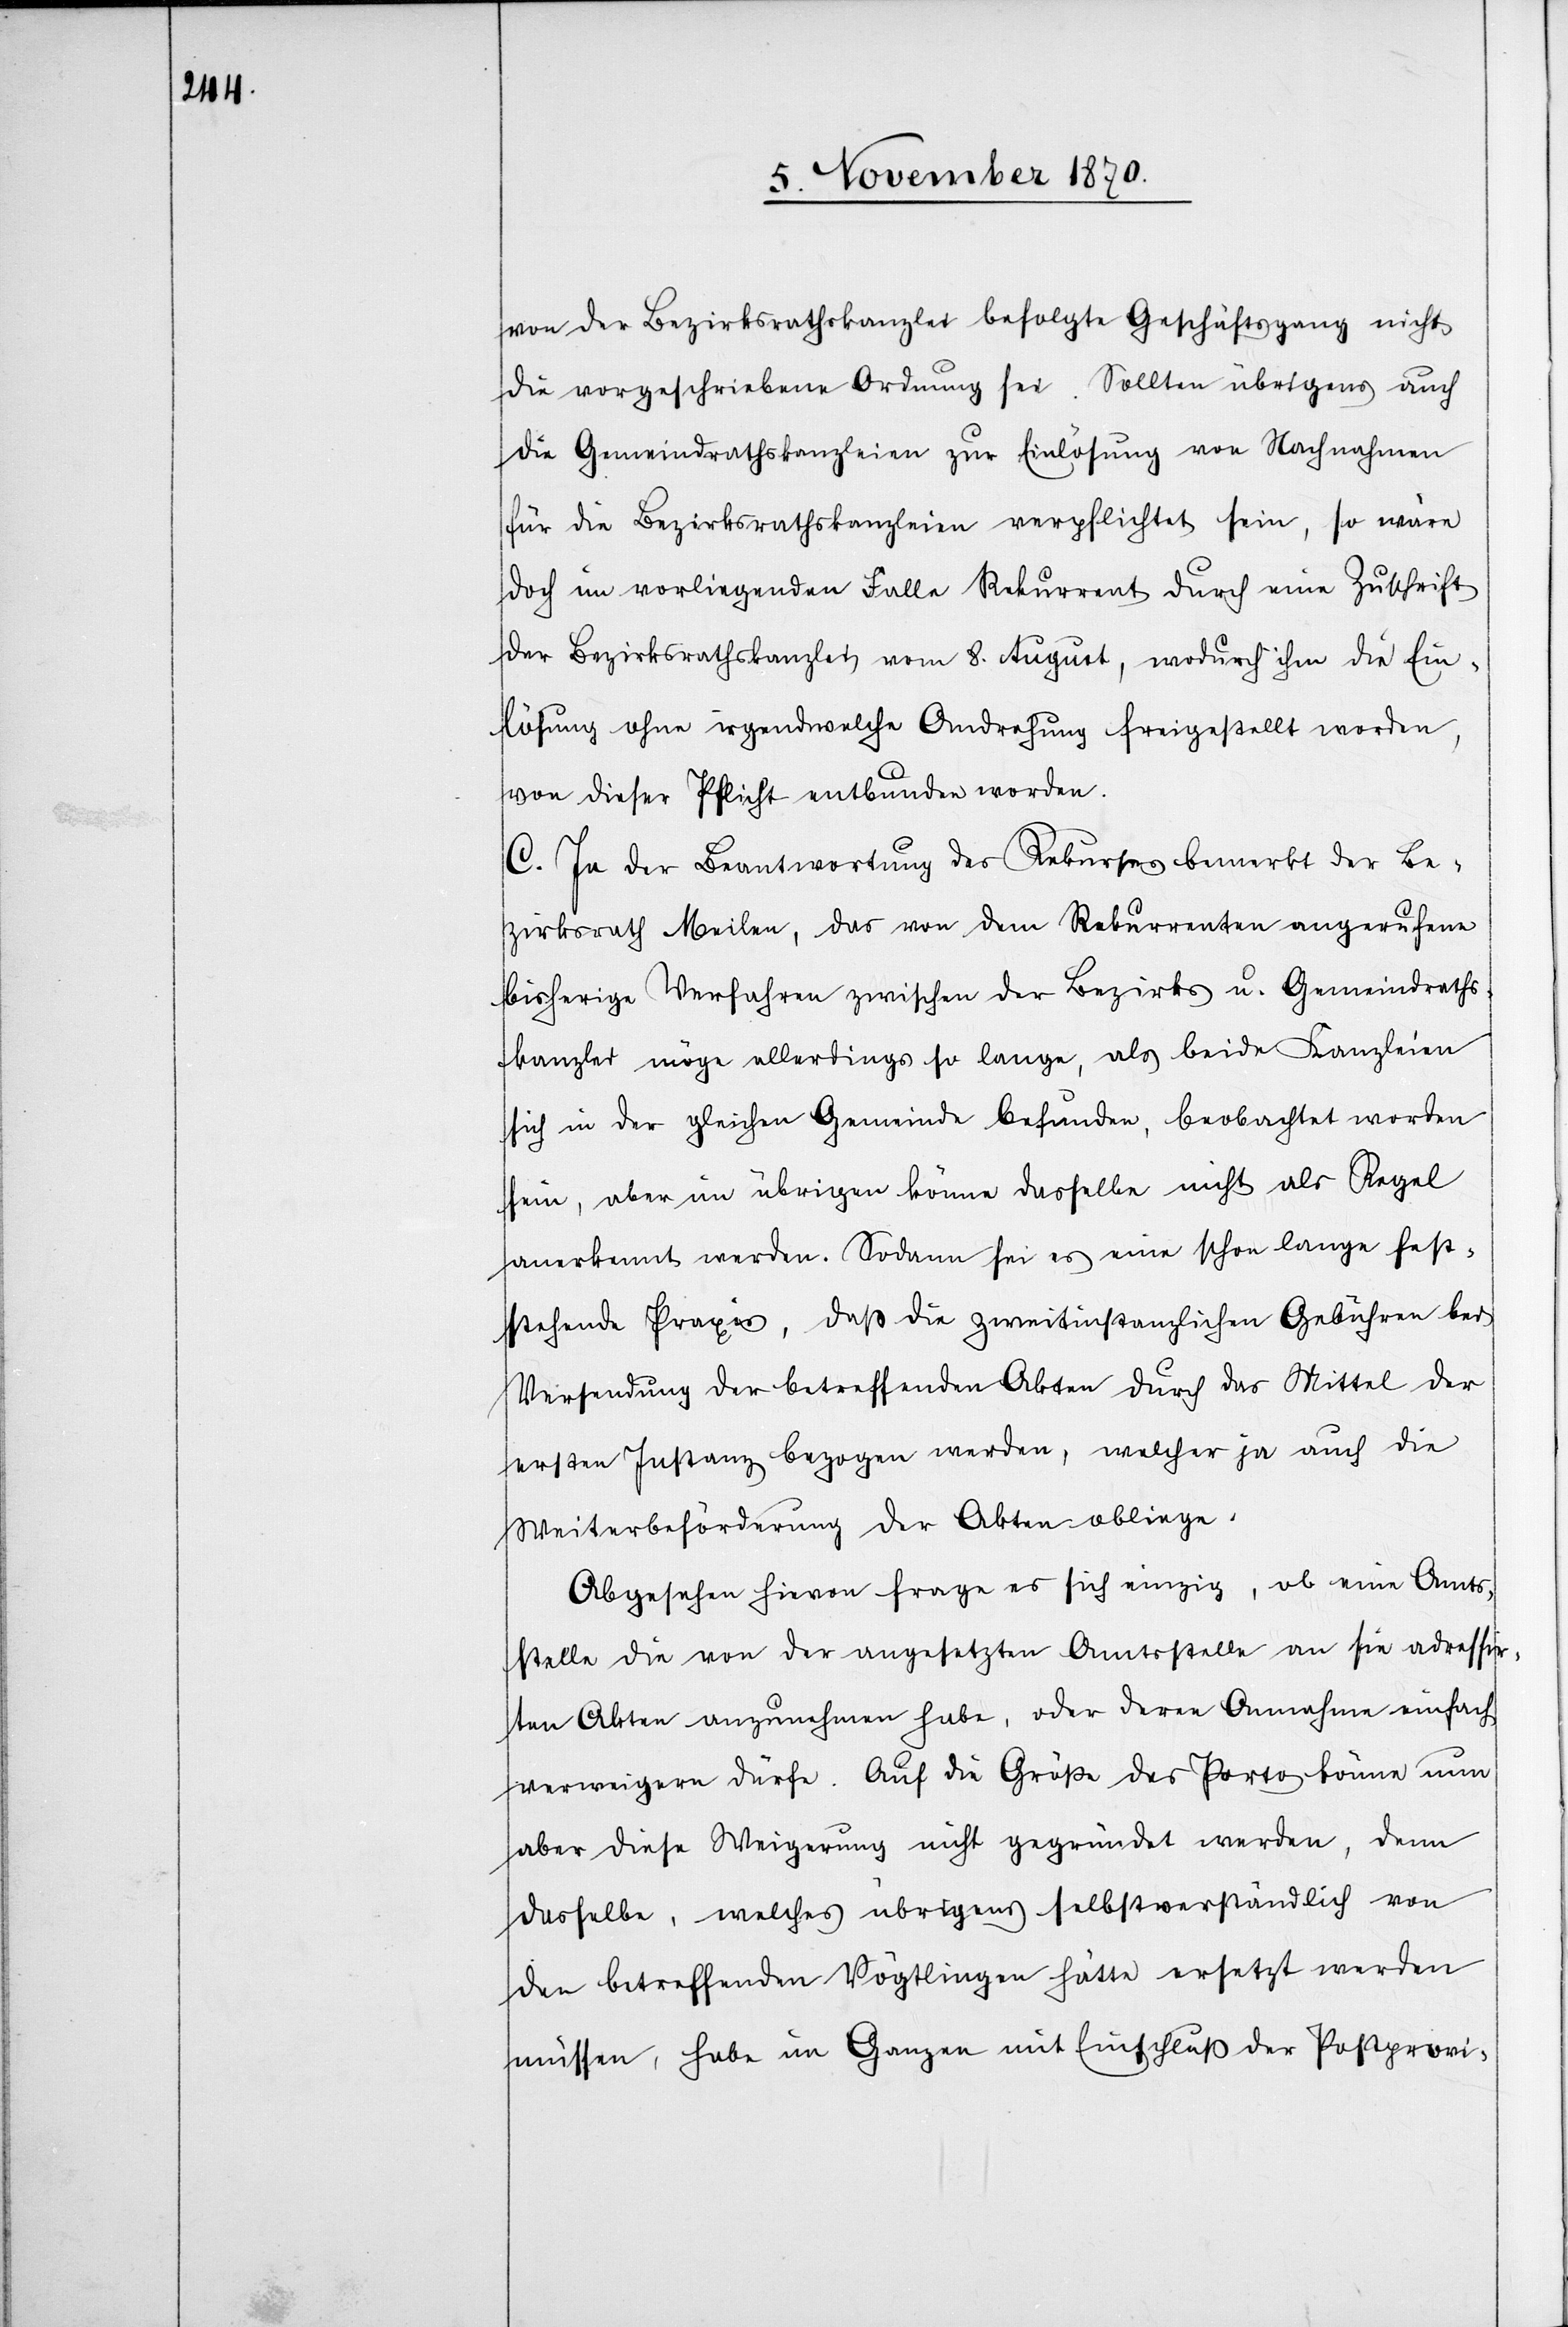
von der Bezirksrathskanzlei befolgte Geschäftsgang nicht
die vorgeschriebene Ordnung sei. Sollten übrigens auch
die Gemeindrathskanzleien zur Einlösung von Nachnahmen
für die Bezirksrathskanzleien verpflichtet sein, so wäre
doch im vorliegenden Falle Rekurrent durch eine Zuschrift
der Bezirksrathskanzlei vom 8. August, wodurch ihm die Ein¬
lösung ohne irgendwelche Androhung freigestellt worden,
von dieser Pflicht entbunden worden.
C. In der Beantwortung des Rekurses bemerkt der Be¬
zirksrath Meilen, das von dem Rekurrenten angerufene
bisherige Verfahren zwischen der Bezirks u. Gemeindraths¬
kanzlei möge allerdings so lange, als beide Kanzleien
sich in der gleichen Gemeinde befunden, beobachtet worden
sein, aber im übrigen könne dasselbe nicht als Regel
anerkannt werden. Sodann sei es eine schon lange fest¬
stehende Praxis, daß die zweitinstanzlichen Gebühren bei
Versendung der betreffenden Akten durch das Mittel der
ersten Instanz bezogen werden, welcher ja auch die
Weiterbeförderung der Akten obliege.
Abgesehen hievon frage es sich einzig, ob eine Amts¬
stelle die von der angesetzten Amtsstelle an sie adressir¬
ten Akten anzunehmen habe, oder deren Annahme einfach
verweigern dürfe. Auf die Größe des Porto können nun
aber diese Weigerung nicht gegründet werden, denn
dasselbe, welches übrigens selbstverständlich von
den betreffenden Vögtlingen hätte ersetzt werden
müssen, habe im Ganzen mit Einschluß der Postprovi-